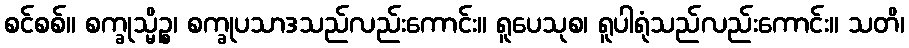
စင်စစ်။ စက္ခုသ္မိဉ္စ၊ စက္ခုပသာဒသည်လည်းကောင်း။ ရူပေသုစ၊ ရူပါရုံသည်လည်းကောင်း။ သတိ၊